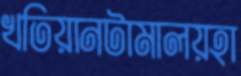
খতিয়ানটামালয়হা